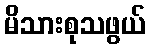
မိသားစုသဖွယ်